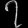
Digit: ၇